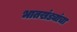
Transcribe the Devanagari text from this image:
भातखंड्यांचा